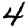
Digit: 4